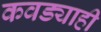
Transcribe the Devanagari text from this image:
कवड्याही